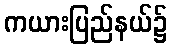
ကယားပြည်နယ်၌